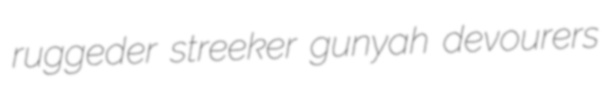
ruggeder streeker gunyah devourers